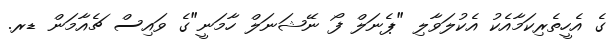
ގެ އެހީތެރިކަމާއެކު އެކުލަވާލި "ޕެނަލް ފޯ ނޭޝަނަލް ހާމަނީ"ގެ ވައިސް ޗެއާމަން ޑރ.